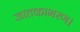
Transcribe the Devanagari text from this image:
जातकाभरण।